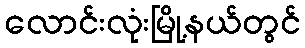
လောင်းလုံးမြို့နယ်တွင်